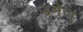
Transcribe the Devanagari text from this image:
उमेजु